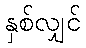
နှစ်လျှင်